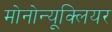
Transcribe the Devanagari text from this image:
मोनोन्यूक्लियर